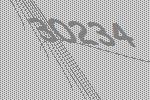
30234